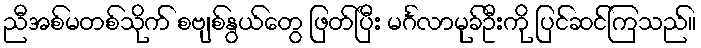
ညီအစ်မတစ်သိုက် စဗျစ်နွယ်တွေ ဖြတ်ပြီး မင်္ဂလာမုခ်ဦးကို ပြင်ဆင်ကြသည်။